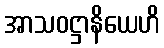
အာသဝဋ္ဌာနိယေဟိ